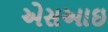
એસઆઇ